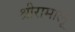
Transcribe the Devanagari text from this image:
श्रीरामालू